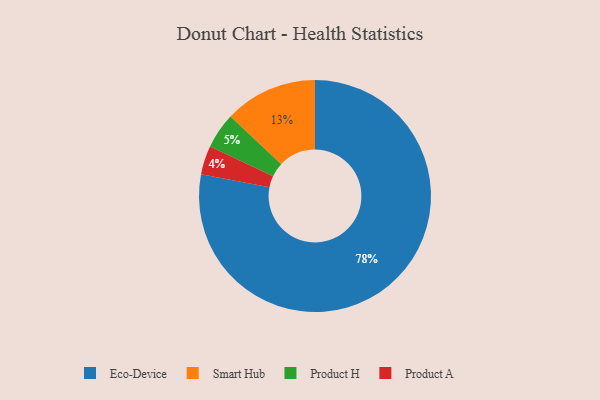
{"axis": {"x": "Category", "y": "Percentage"}, "legend": ["Eco-Device", "Product A", "Product H", "Smart Hub"], "data": [{"x": "Smart Hub", "y": 13, "type": "Smart Hub"}, {"x": "Product A", "y": 4, "type": "Product A"}, {"x": "Eco-Device", "y": 78, "type": "Eco-Device"}, {"x": "Product H", "y": 5, "type": "Product H"}]}